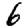
Digit: 6